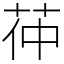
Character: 茽